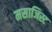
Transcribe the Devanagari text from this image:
मसाजिस्ट